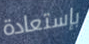
بإستعادة